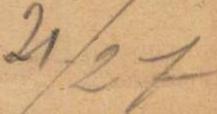
21/27